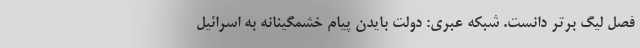
فصل لیگ برتر دانست. شبکه عبری: دولت بایدن پیام خشمگینانه به اسرائیل